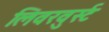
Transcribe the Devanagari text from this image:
लिवरवुर्स्ट